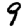
Digit: 9